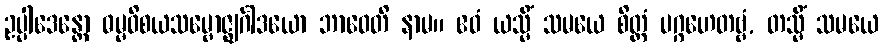
ဥပ္ပါဒေန္တော ဓမ္မဝိစယသမ္ဗောဇ္ဈင်္ဂါဒယော ဘာဝေတိ နာမ။ ဧဝံ ယသ္မိံ သမယေ စိတ္တံ ပဂ္ဂဟေတဗ္ဗံ, တသ္မိံ သမယေ